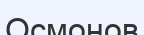
Осмонов